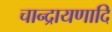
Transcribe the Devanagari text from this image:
चान्द्रायणादि